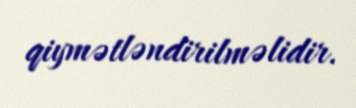
qiymətləndirilməlidir.